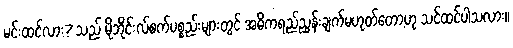
မင်းထင်လား? သည် မိုဘိုင်းလ်စက်ပစ္စည်းများတွင် အဓိကရည်ညွှန်းချက်မဟုတ်တော့ဟု သင်ထင်ပါသလား။